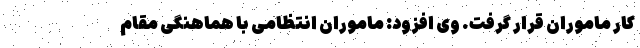
کار ماموران قرار گرفت. وی افزود: ماموران انتظامی با هماهنگی مقام